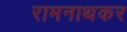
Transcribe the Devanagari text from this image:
रामनाथकर